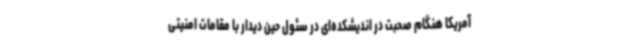
آمریکا هنگام صحبت در اندیشکده‌ای در سئول حین دیدار با مقامات امنیتی